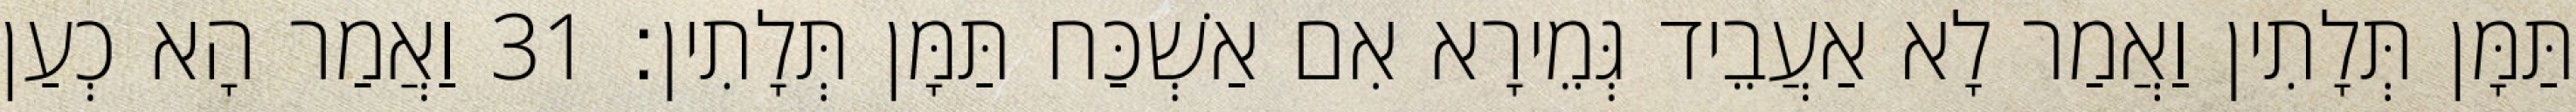
תַּמָּן תְּלָתִין וַאֲמַר לָא אַעֲבֵיד גְּמֵירָא אִם אַשְׁכַּח תַּמָּן תְּלָתִין׃ 31 וַאֲמַר הָא כְעַן